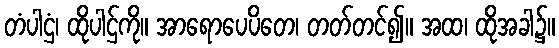
တံပါဌံ၊ ထိုပါဌ်ကို။ အာရောပေပိတေ၊ တတ်တင်၍။ အထ၊ ထိုအခါ၌။